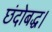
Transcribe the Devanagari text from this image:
छंदोबद्ध।